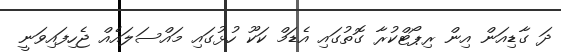
ދަ ގާޑިއަން އިން ރިޕޯޓްކުރާ ގޮތުގައި އެޑަމް ކަކޫ ހުޅުގައި މައްސަލައެއް ޖެހިފައިވަނީ